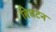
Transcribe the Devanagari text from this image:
बिघटन